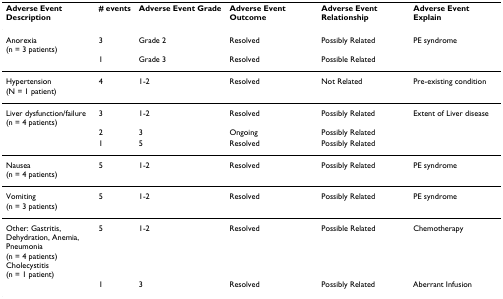
| Adverse Event Description | # events | Adverse Event Grade | Adverse Event Outcome | Adverse Event Relationship | Adverse Event Explain |
 | --- | --- | --- | --- | --- | --- |
 | Anorexia(n = 3 patients) | 3 | Grade 2 | Resolved | Possibly Related | PE syndrome |
 |  | 1 | Grade 3 | Resolved | Possible Related |  |
 | Hypertension(N = 1 patient) | 4 | 1-2 | Resolved | Not Related | Pre-existing condition |
 | Liver dysfunction/failure(n = 4 patients) | 3 | 1-2 | Resolved | Possibly Related | Extent of Liver disease |
 |  | 2 | 3 | Ongoing | Possibly Related |  |
 |  | 1 | 5 | Resolved | Possibly Related |  |
 | Nausea(n = 4 patients) | 5 | 1-2 | Resolved | Possibly Related | PE syndrome |
 | Vomiting(n = 3 patients) | 5 | 1-2 | Resolved | Possibly Related | PE syndrome |
 | Other: Gastritis, Dehydration, Anemia, Pneumonia(n = 4 patients)Cholecystitis(n = 1 patient) | 5 | 1-2 | Resolved | Possible Related | Chemotherapy |
 |  | 1 | 3 | Resolved | Possibly Related | Aberrant Infusion |